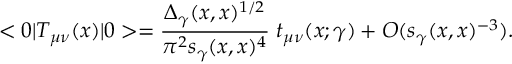
< 0 | T _ { \mu \nu } ( x ) | 0 > = { \frac { \Delta _ { \gamma } ( x , x ) ^ { 1 / 2 } } { \pi ^ { 2 } s _ { \gamma } ( x , x ) ^ { 4 } } } \; t _ { \mu \nu } ( x ; \gamma ) + O ( s _ { \gamma } ( x , x ) ^ { - 3 } ) .